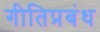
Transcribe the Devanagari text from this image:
गीतिप्रबंध